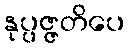
နုပ္ပဇ္ဇတိပေ